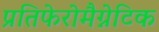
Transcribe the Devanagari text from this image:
प्रतिफेरोमैग्नेटिक